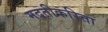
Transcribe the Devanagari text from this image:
मदतीकरिता